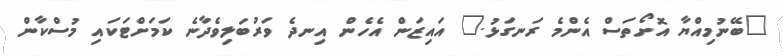
"ބޭނުމިއްޔާ އޮށޯތަސް އެންމެ ރަނގަޅު." އައިޒަން އެހެން އިނދެ ވަރުބަލިވެދާނެ ކަމަށްޓަކައި މުސްކާން